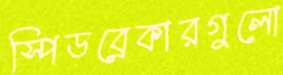
স্পিডব্রেকারগুলো